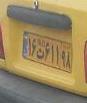
۱۶ت۶۱۱۹۸